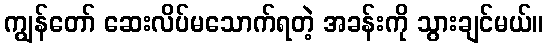
ကျွန်တော် ဆေးလိပ်မသောက်ရတဲ့ အခန်းကို သွားချင်မယ်။